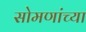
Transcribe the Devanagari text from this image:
सोमणांच्या